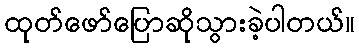
ထုတ်ဖော်ပြောဆိုသွားခဲ့ပါတယ်။